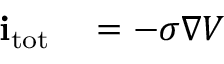
\begin{array} { r l } { \mathbf { i } _ { \mathrm { t o t } } } & { { } = - \sigma \nabla V } \end{array}